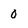
Character: 0